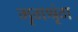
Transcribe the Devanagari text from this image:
मृगश्रृंग